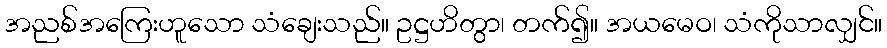
အညစ်အကြေးဟူသော သံချေးသည်။ ဥဋ္ဌဟိတွာ၊ တက်၍။ အယမေဝ၊ သံကိုသာလျှင်။